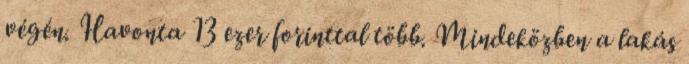
végén. Havonta 13 ezer forinttal több. Mindeközben a lakás